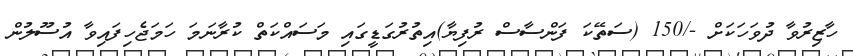
ހާޒިރުވާ ދުވަހަކަށް -/150 (ސަތޭކަ ފަންސާސް ރުފިޔާ)އިތުރުގަޑީގައި މަސައްކަތް ކުރާނަމަ ހަމަޖެހިފައިވާ އުސޫލުން